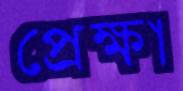
প্রেক্ষা